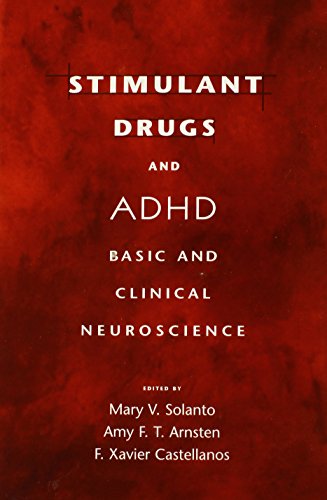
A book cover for Stimulant Drugs and ADHD: Basic and Clinical Neuroscience; Medical Books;